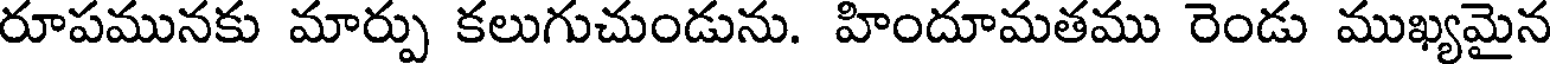
రూపమునకు మార్పు కలుగుచుండును. హిందూమతము రెండు ముఖ్యమైన